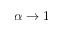
\alpha \rightarrow 1